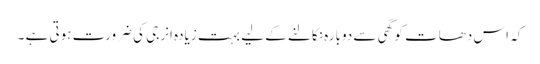
کہ اس دھات کو گھی سے دوبارہ نکالنے کے لیے بہت زیادہ انرجی کی ضرورت ہوتی ہے ۔